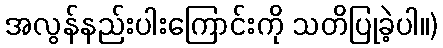
အလွန်နည်းပါးကြောင်းကို သတိပြုခဲ့ပါ။)